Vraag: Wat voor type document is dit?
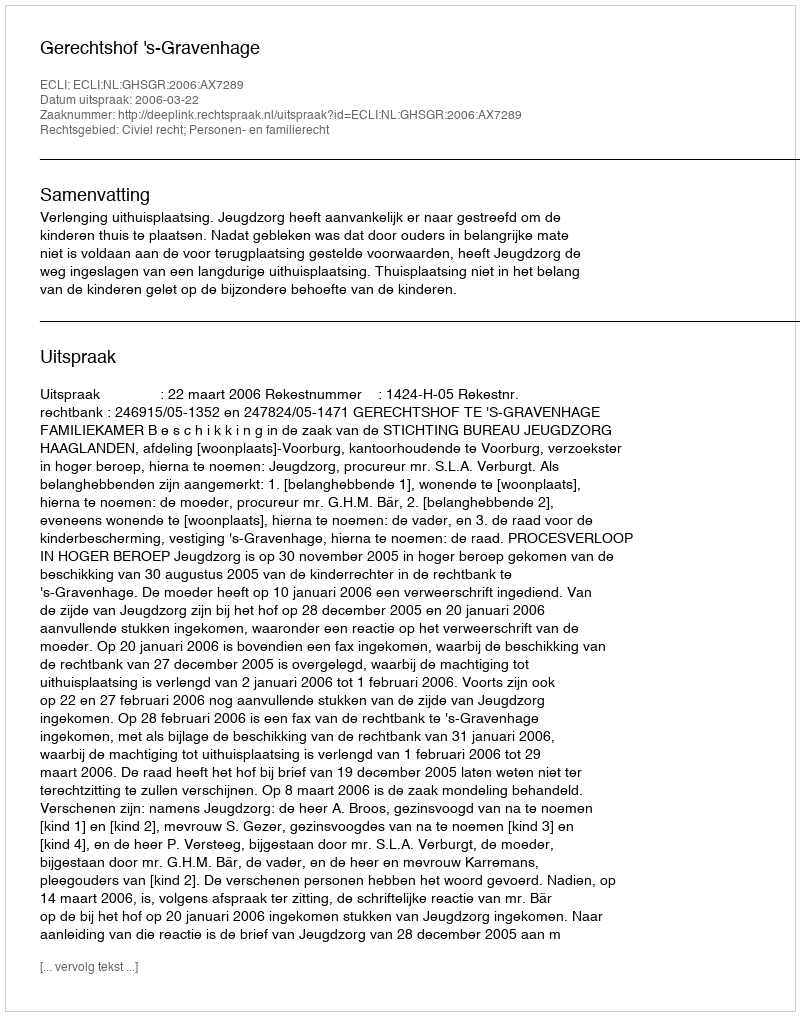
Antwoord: Uitspraak